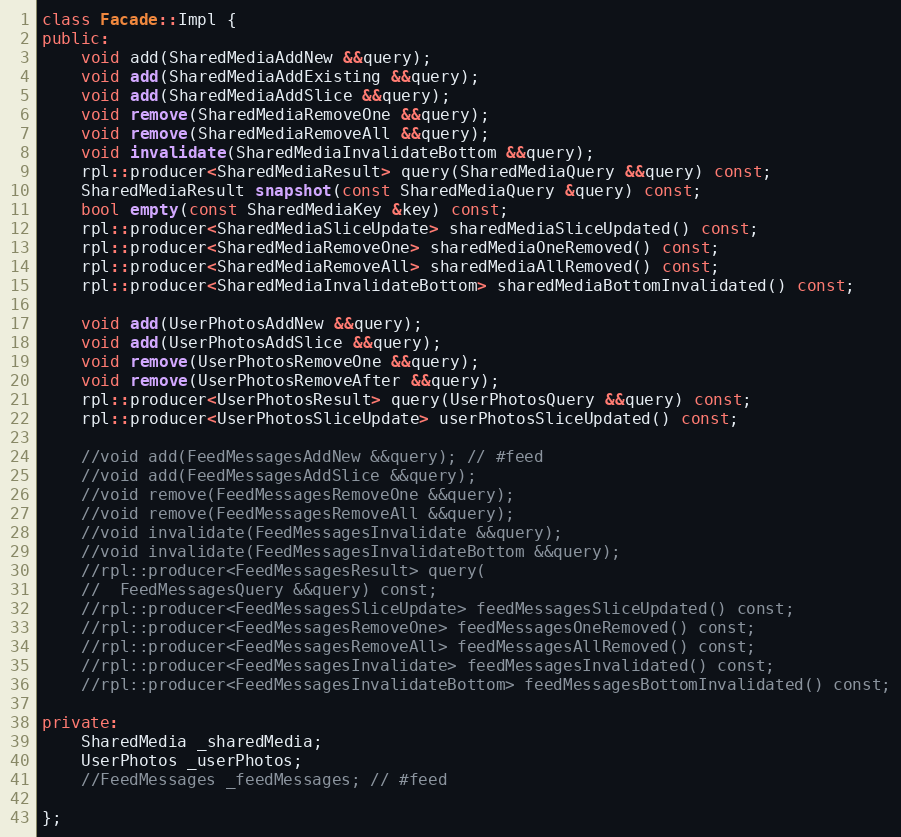
Language: C++
class Facade::Impl {
public:
	void add(SharedMediaAddNew &&query);
	void add(SharedMediaAddExisting &&query);
	void add(SharedMediaAddSlice &&query);
	void remove(SharedMediaRemoveOne &&query);
	void remove(SharedMediaRemoveAll &&query);
	void invalidate(SharedMediaInvalidateBottom &&query);
	rpl::producer<SharedMediaResult> query(SharedMediaQuery &&query) const;
	SharedMediaResult snapshot(const SharedMediaQuery &query) const;
	bool empty(const SharedMediaKey &key) const;
	rpl::producer<SharedMediaSliceUpdate> sharedMediaSliceUpdated() const;
	rpl::producer<SharedMediaRemoveOne> sharedMediaOneRemoved() const;
	rpl::producer<SharedMediaRemoveAll> sharedMediaAllRemoved() const;
	rpl::producer<SharedMediaInvalidateBottom> sharedMediaBottomInvalidated() const;

	void add(UserPhotosAddNew &&query);
	void add(UserPhotosAddSlice &&query);
	void remove(UserPhotosRemoveOne &&query);
	void remove(UserPhotosRemoveAfter &&query);
	rpl::producer<UserPhotosResult> query(UserPhotosQuery &&query) const;
	rpl::producer<UserPhotosSliceUpdate> userPhotosSliceUpdated() const;

	//void add(FeedMessagesAddNew &&query); // #feed
	//void add(FeedMessagesAddSlice &&query);
	//void remove(FeedMessagesRemoveOne &&query);
	//void remove(FeedMessagesRemoveAll &&query);
	//void invalidate(FeedMessagesInvalidate &&query);
	//void invalidate(FeedMessagesInvalidateBottom &&query);
	//rpl::producer<FeedMessagesResult> query(
	//	FeedMessagesQuery &&query) const;
	//rpl::producer<FeedMessagesSliceUpdate> feedMessagesSliceUpdated() const;
	//rpl::producer<FeedMessagesRemoveOne> feedMessagesOneRemoved() const;
	//rpl::producer<FeedMessagesRemoveAll> feedMessagesAllRemoved() const;
	//rpl::producer<FeedMessagesInvalidate> feedMessagesInvalidated() const;
	//rpl::producer<FeedMessagesInvalidateBottom> feedMessagesBottomInvalidated() const;

private:
	SharedMedia _sharedMedia;
	UserPhotos _userPhotos;
	//FeedMessages _feedMessages; // #feed

};